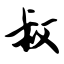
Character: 叔